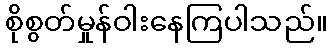
စိုစွတ်မှုန်ဝါးနေကြပါသည်။